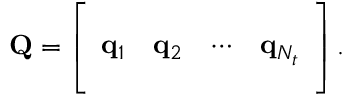
{ \mathbf { Q } } = \left[ \begin{array} { c c c c } { \vrule } & { \vrule } & { } & { \vrule } \\ { { { \mathbf { q } } } _ { 1 } } & { { { \mathbf { q } } } _ { 2 } } & { \cdots } & { { \mathbf { q } } _ { N _ { t } } } \\ { \vrule } & { \vrule } & { } & { \vrule } \end{array} \right] .